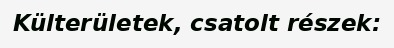
Külterületek, csatolt részek: